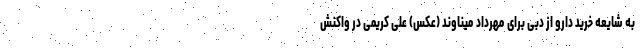
به شایعه خرید دارو از دبی برای مهرداد میناوند (عکس) علی کریمی در واکنش